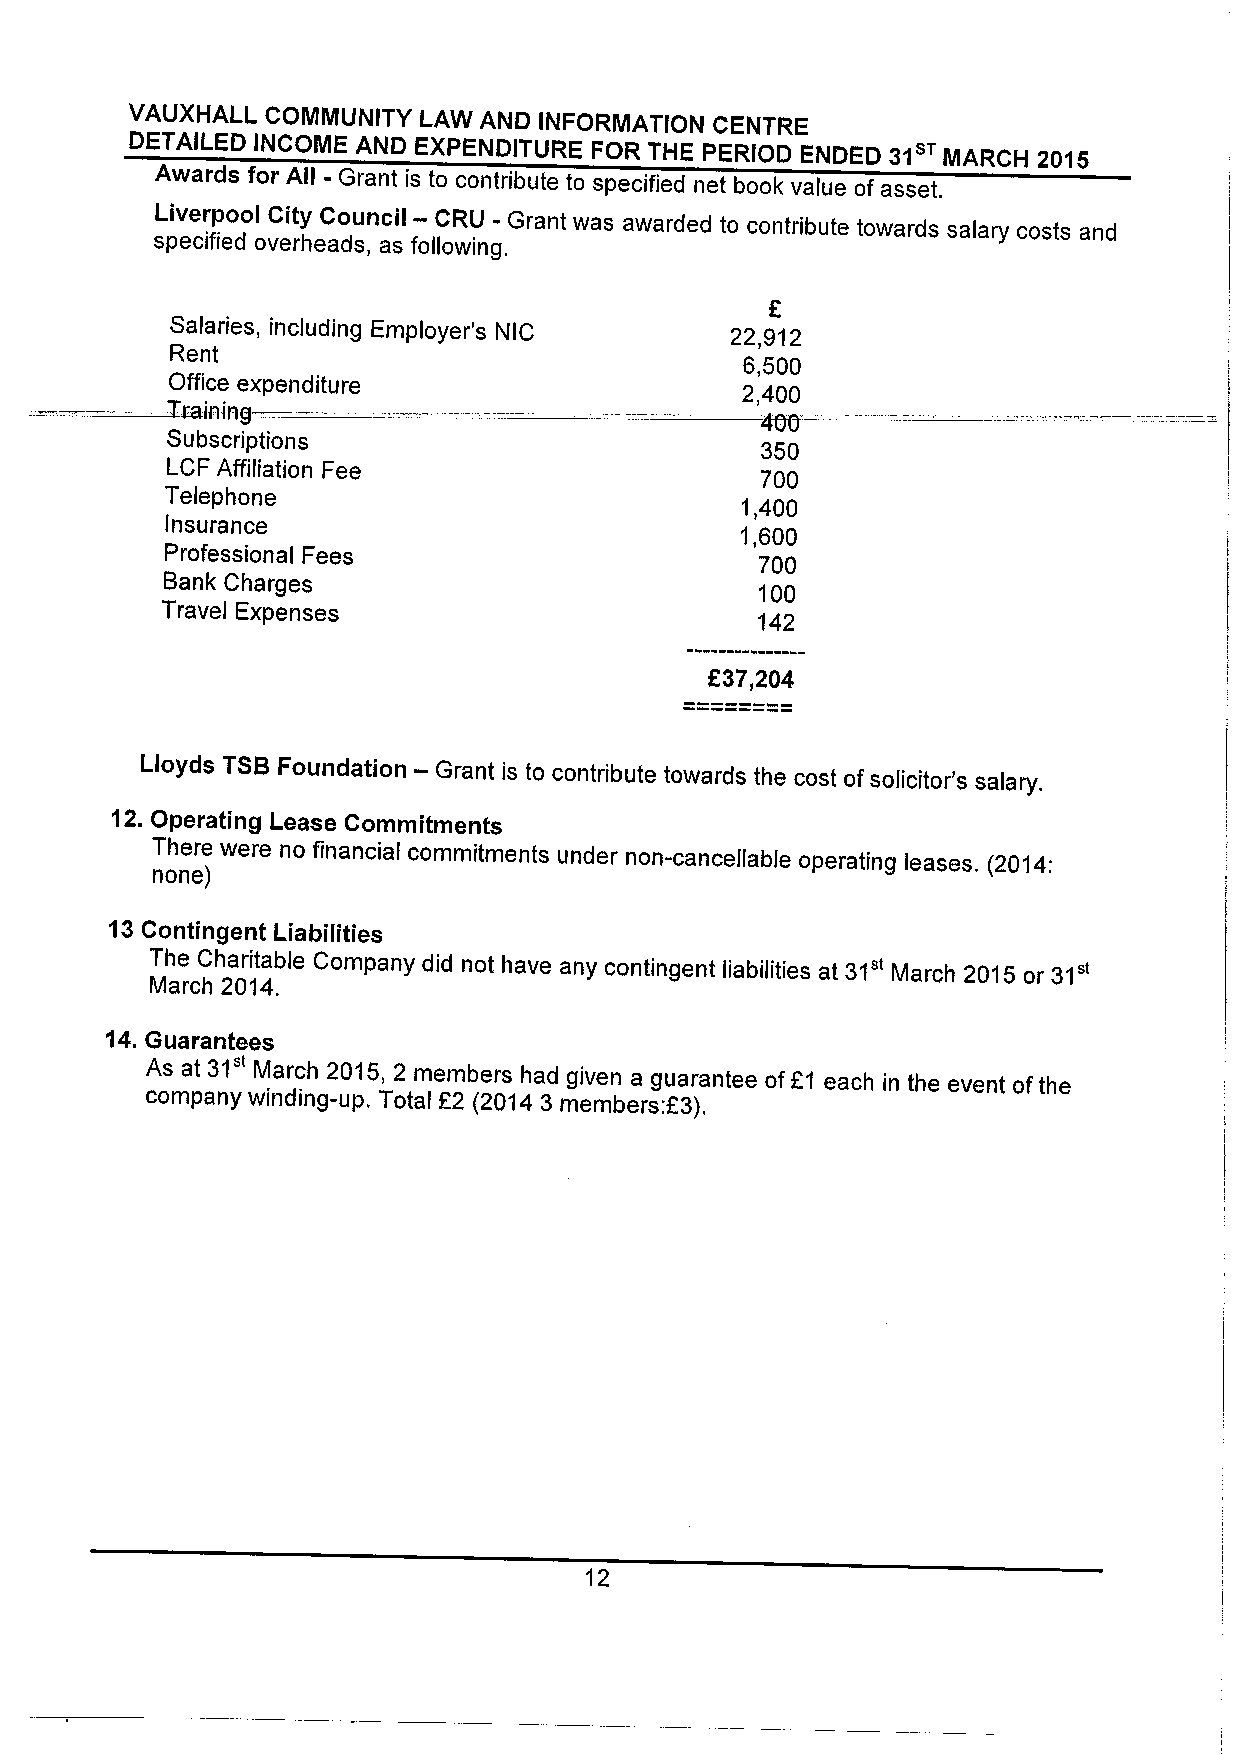
VAUXHALL COMMUNITY LAW AND INFORMATION CENTRE
 DETAILED INCOME AND EXPENDITURE FOR THE PERIOD ENDED 31 MARCH 2015
 Awards for All - Grant is to contribute to specified net book value of asset.
 Liverpool City Council — CRU - Grant was awarded to contribute towards salary costs and
 specified overheads, as following.
 Salaries, including Employer's NIC   22,912
 Rent
 6,500
 Office expenditure
 2,400
 Subscriptions
 350
 LCF Affiliation Fee
 700
 Telephone
 1,400
 Insurance
 1,600
 Professional Fees
 700
 Bank Charges
 100
 Travel Expenses
 142
 837,204
 Lloyds TSBFoundation — Grant is to contribute towards the cost ofsolicitor's salary.
 12.Operating Lease Commitments
 There were no financial commitments under non-cancellable operating leases, (2014:
 none)
 13Contingent
 Liabilities
 The Charitable Company did not have any contingent liabilities at 31" March 2015 or 31"
 March 2014.
 14.Guarantees
 31"
 As at  March 2015, 2 members had given a guarantee ofK1 each in the event ofthe
 company winding-up. Total F2 (2014 3 members:E3).